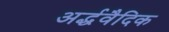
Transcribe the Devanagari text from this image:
अर्द्धवैदिक